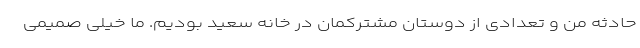
حادثه من و تعدادی از دوستان مشترکمان در خانه سعید بودیم. ما خیلی صمیمی